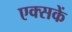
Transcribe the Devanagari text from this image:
एक्सकें